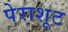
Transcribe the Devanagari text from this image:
पेराशूट